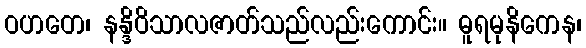
ဝဟတေ၊ နန္ဒိဝိသာလဇာတ်သည်လည်းကောင်း။ ဓူရမုနိကေန၊